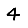
Digit: 4